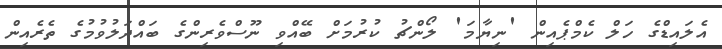
އެލައިޑްގެ ހަލް ކެމްޕެއިން 'ނިޔާމަ' ލޯންޗު ކުރުމަށް ބޭއްވި ނޫސްވެރިންގެ ބައްދަލުވުމުގެ ތެރެއިން